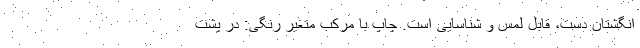
انگشتان دست، قابل لمس و شناسایی است. چاپ با مرکب متغیر رنگی: در پشت